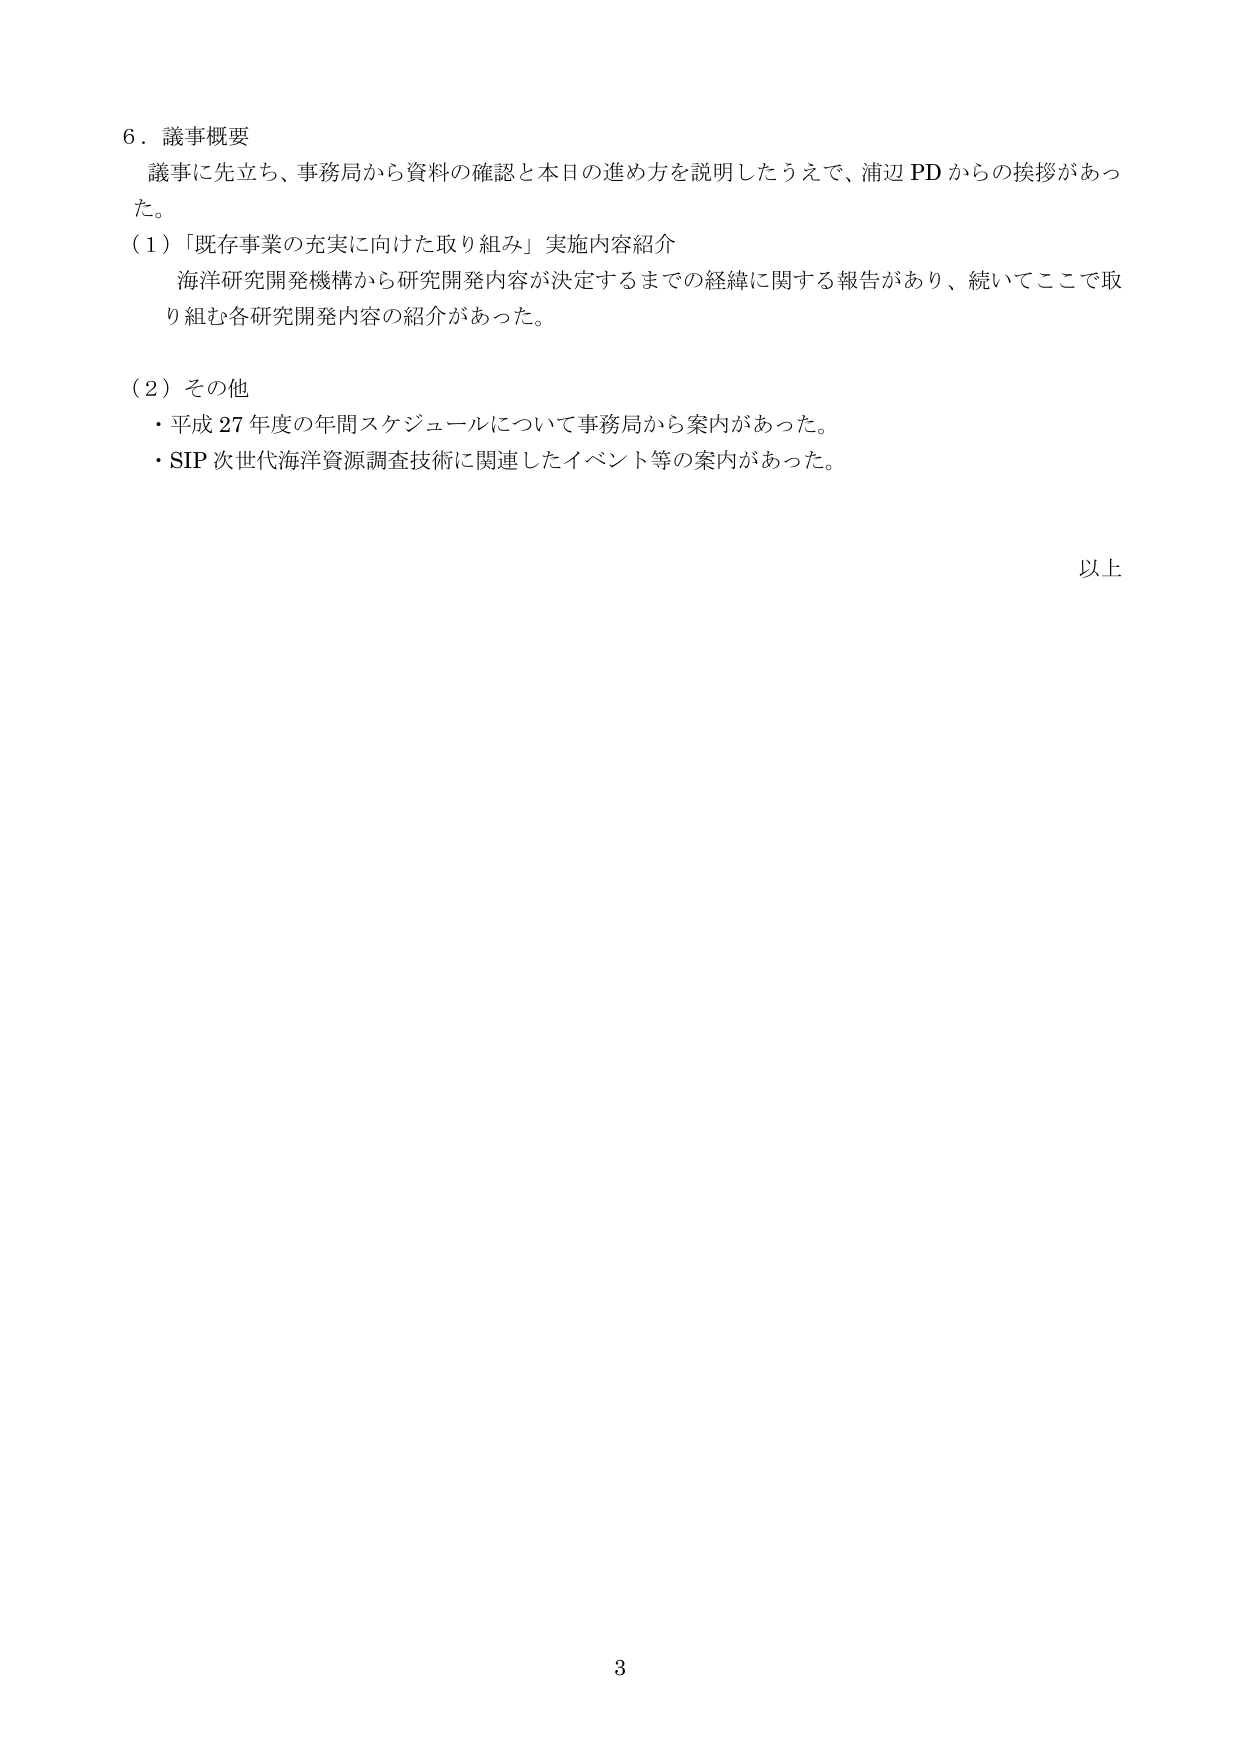
6．議事概要
議事に先立ち、事務局から資料の確認と本日の進め方を説明したうえで、浦辺 PD からの挨拶があった。
（1）「既存事業の充実に向けた取り組み」実施内容紹介
　海洋研究開発機構から研究開発内容が決定するまでの経緯に関する報告があり、続いてここで取り組む各研究開発内容の紹介があった。
（2）その他
・平成 27 年度の年間スケジュールについて事務局から案内があった。
・SIP 次世代海洋資源調査技術に関連したイベント等の案内があった。
以上
3